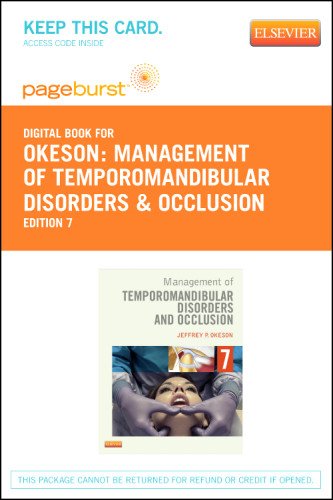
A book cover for Management of Temporomandibular Disorders and Occlusion - Pageburst E-Book on VitalSource (Retail Access Card), 7e; Jeffrey P. Okeson DMD; Medical Books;